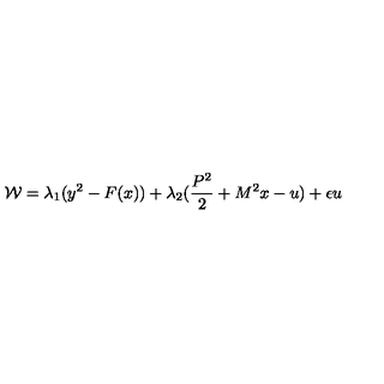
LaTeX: { \cal W } = \lambda _ { 1 } ( y ^ { 2 } - F ( x ) ) + \lambda _ { 2 } ( \frac { P ^ { 2 } } { 2 } + M ^ { 2 } x - u ) + \epsilon u